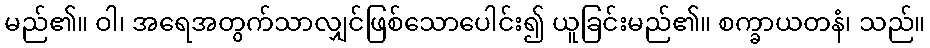
မည်၏။ ဝါ၊ အရေအတွက်သာလျှင်ဖြစ်သောပေါင်း၍ ယူခြင်းမည်၏။ စက္ခာယတနံ၊ သည်။